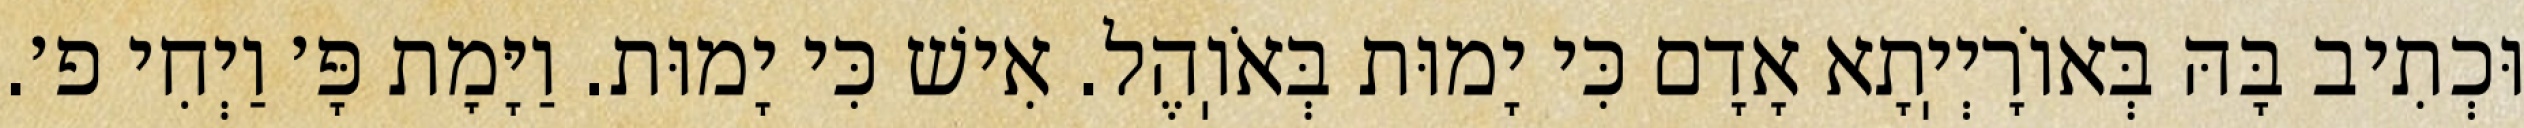
וּכְתִיב בָּהּ בְּאוֹרָיְיֽתָא אָדָם כִּי יָמוּת בְּאֹוֽהֶל. אִישׁ כִּי יָמוּת. וַיָּמׇת פָּ׳ וַיְחִי פ׳.